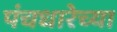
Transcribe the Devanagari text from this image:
पंचधारेच्या